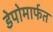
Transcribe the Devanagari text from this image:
डेपोमार्फत